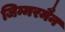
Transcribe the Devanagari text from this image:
जिम्मरमैन